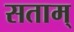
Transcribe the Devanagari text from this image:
सताम्